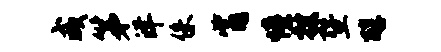
咸第洋侏觜憧搜暨醇